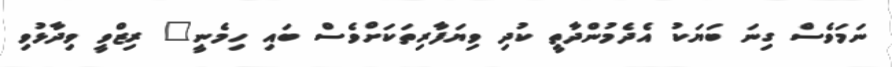
ނަމަވެސް ގިނަ ބަޔަކު އެދެމުންދާތީ ކުދި ވިޔަފާރިތަކަށްވެސް ބައި ހިމެނީ" ރިޒްވީ ވިދާޅުވި